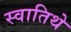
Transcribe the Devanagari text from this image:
स्वातिथे